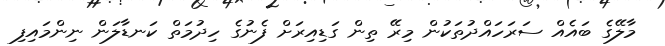
މާލޭގެ ބައެއް ސަރަހައްދުތަކުން މިރޭ ތިން ގަޑިއިރަށް ފެނުގެ ހިދުމަތް ކަނޑާލަން ނިންމައިފި